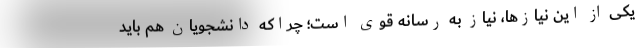
یکی از این نیازها، نیاز به رسانه قوی است؛ چراکه دانشجویان هم باید